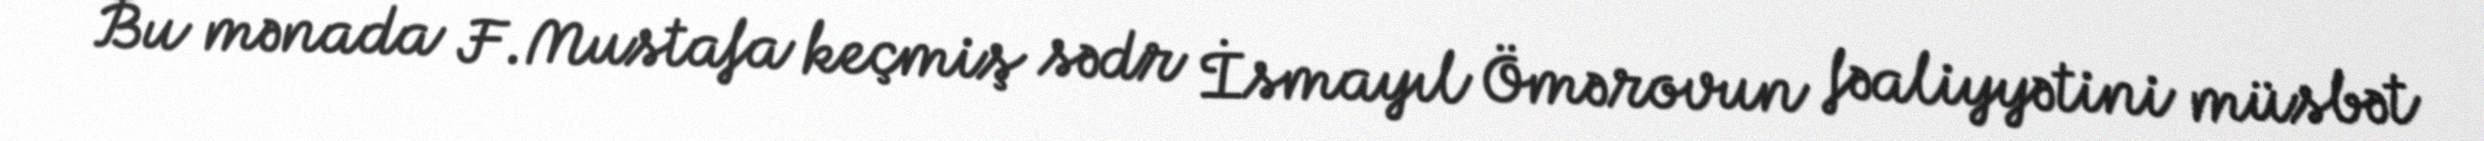
Bu mənada F.Mustafa keçmiş sədr İsmayıl Ömərovun fəaliyyətini müsbət